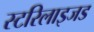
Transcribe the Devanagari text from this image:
स्टरिलाइजड